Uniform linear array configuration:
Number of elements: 48
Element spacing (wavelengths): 1
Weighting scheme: cosine
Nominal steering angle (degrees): -45
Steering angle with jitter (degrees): -45.172
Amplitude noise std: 0.05
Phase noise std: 0.05

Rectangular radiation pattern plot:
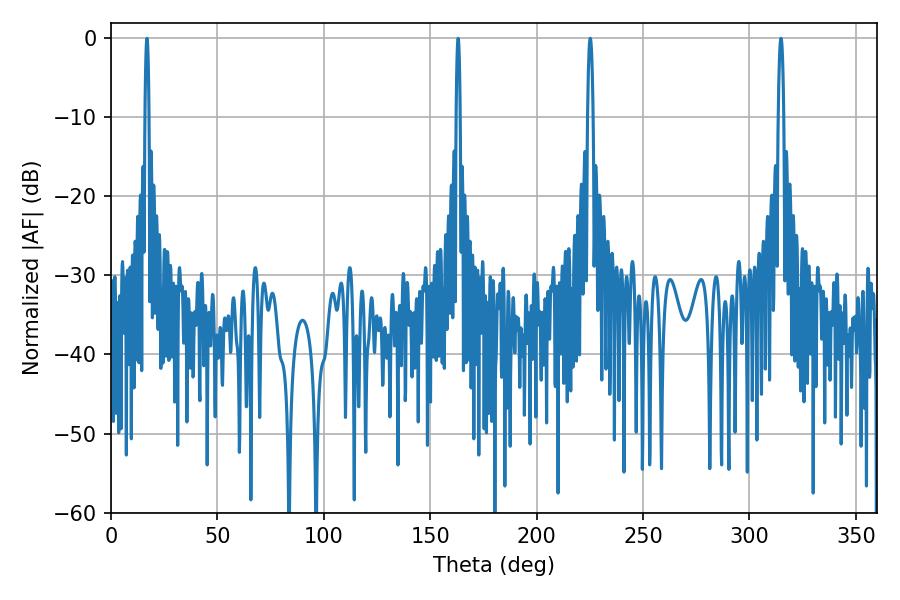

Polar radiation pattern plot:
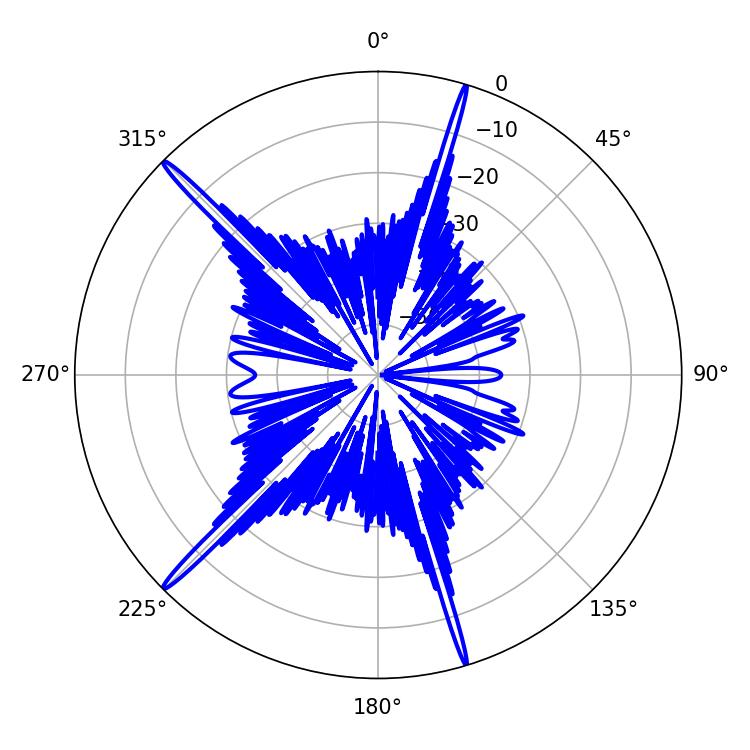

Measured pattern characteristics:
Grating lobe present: TRUE
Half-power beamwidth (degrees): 1.44
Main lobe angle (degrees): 225.18